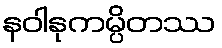
နဝါနုကမ္ပိတဿ